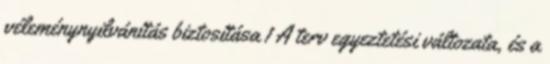
véleménynyilvánítás biztosítása 1 A terv egyeztetési változata, és a